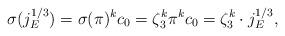
LaTeX: \begin{align*}\sigma(j_E^{1/3}) = \sigma(\pi)^k c_0 = \zeta_3^k \pi^k c_0 = \zeta_3^k \cdot j_E^{1/3}, \end{align*}